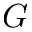
G